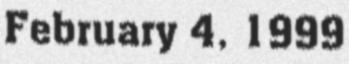
February 4, 1999